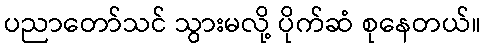
ပညာတော်သင် သွားမလို့ ပိုက်ဆံ စုနေတယ်။